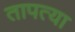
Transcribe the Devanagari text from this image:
तापत्या